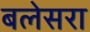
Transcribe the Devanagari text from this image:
बलेसरा